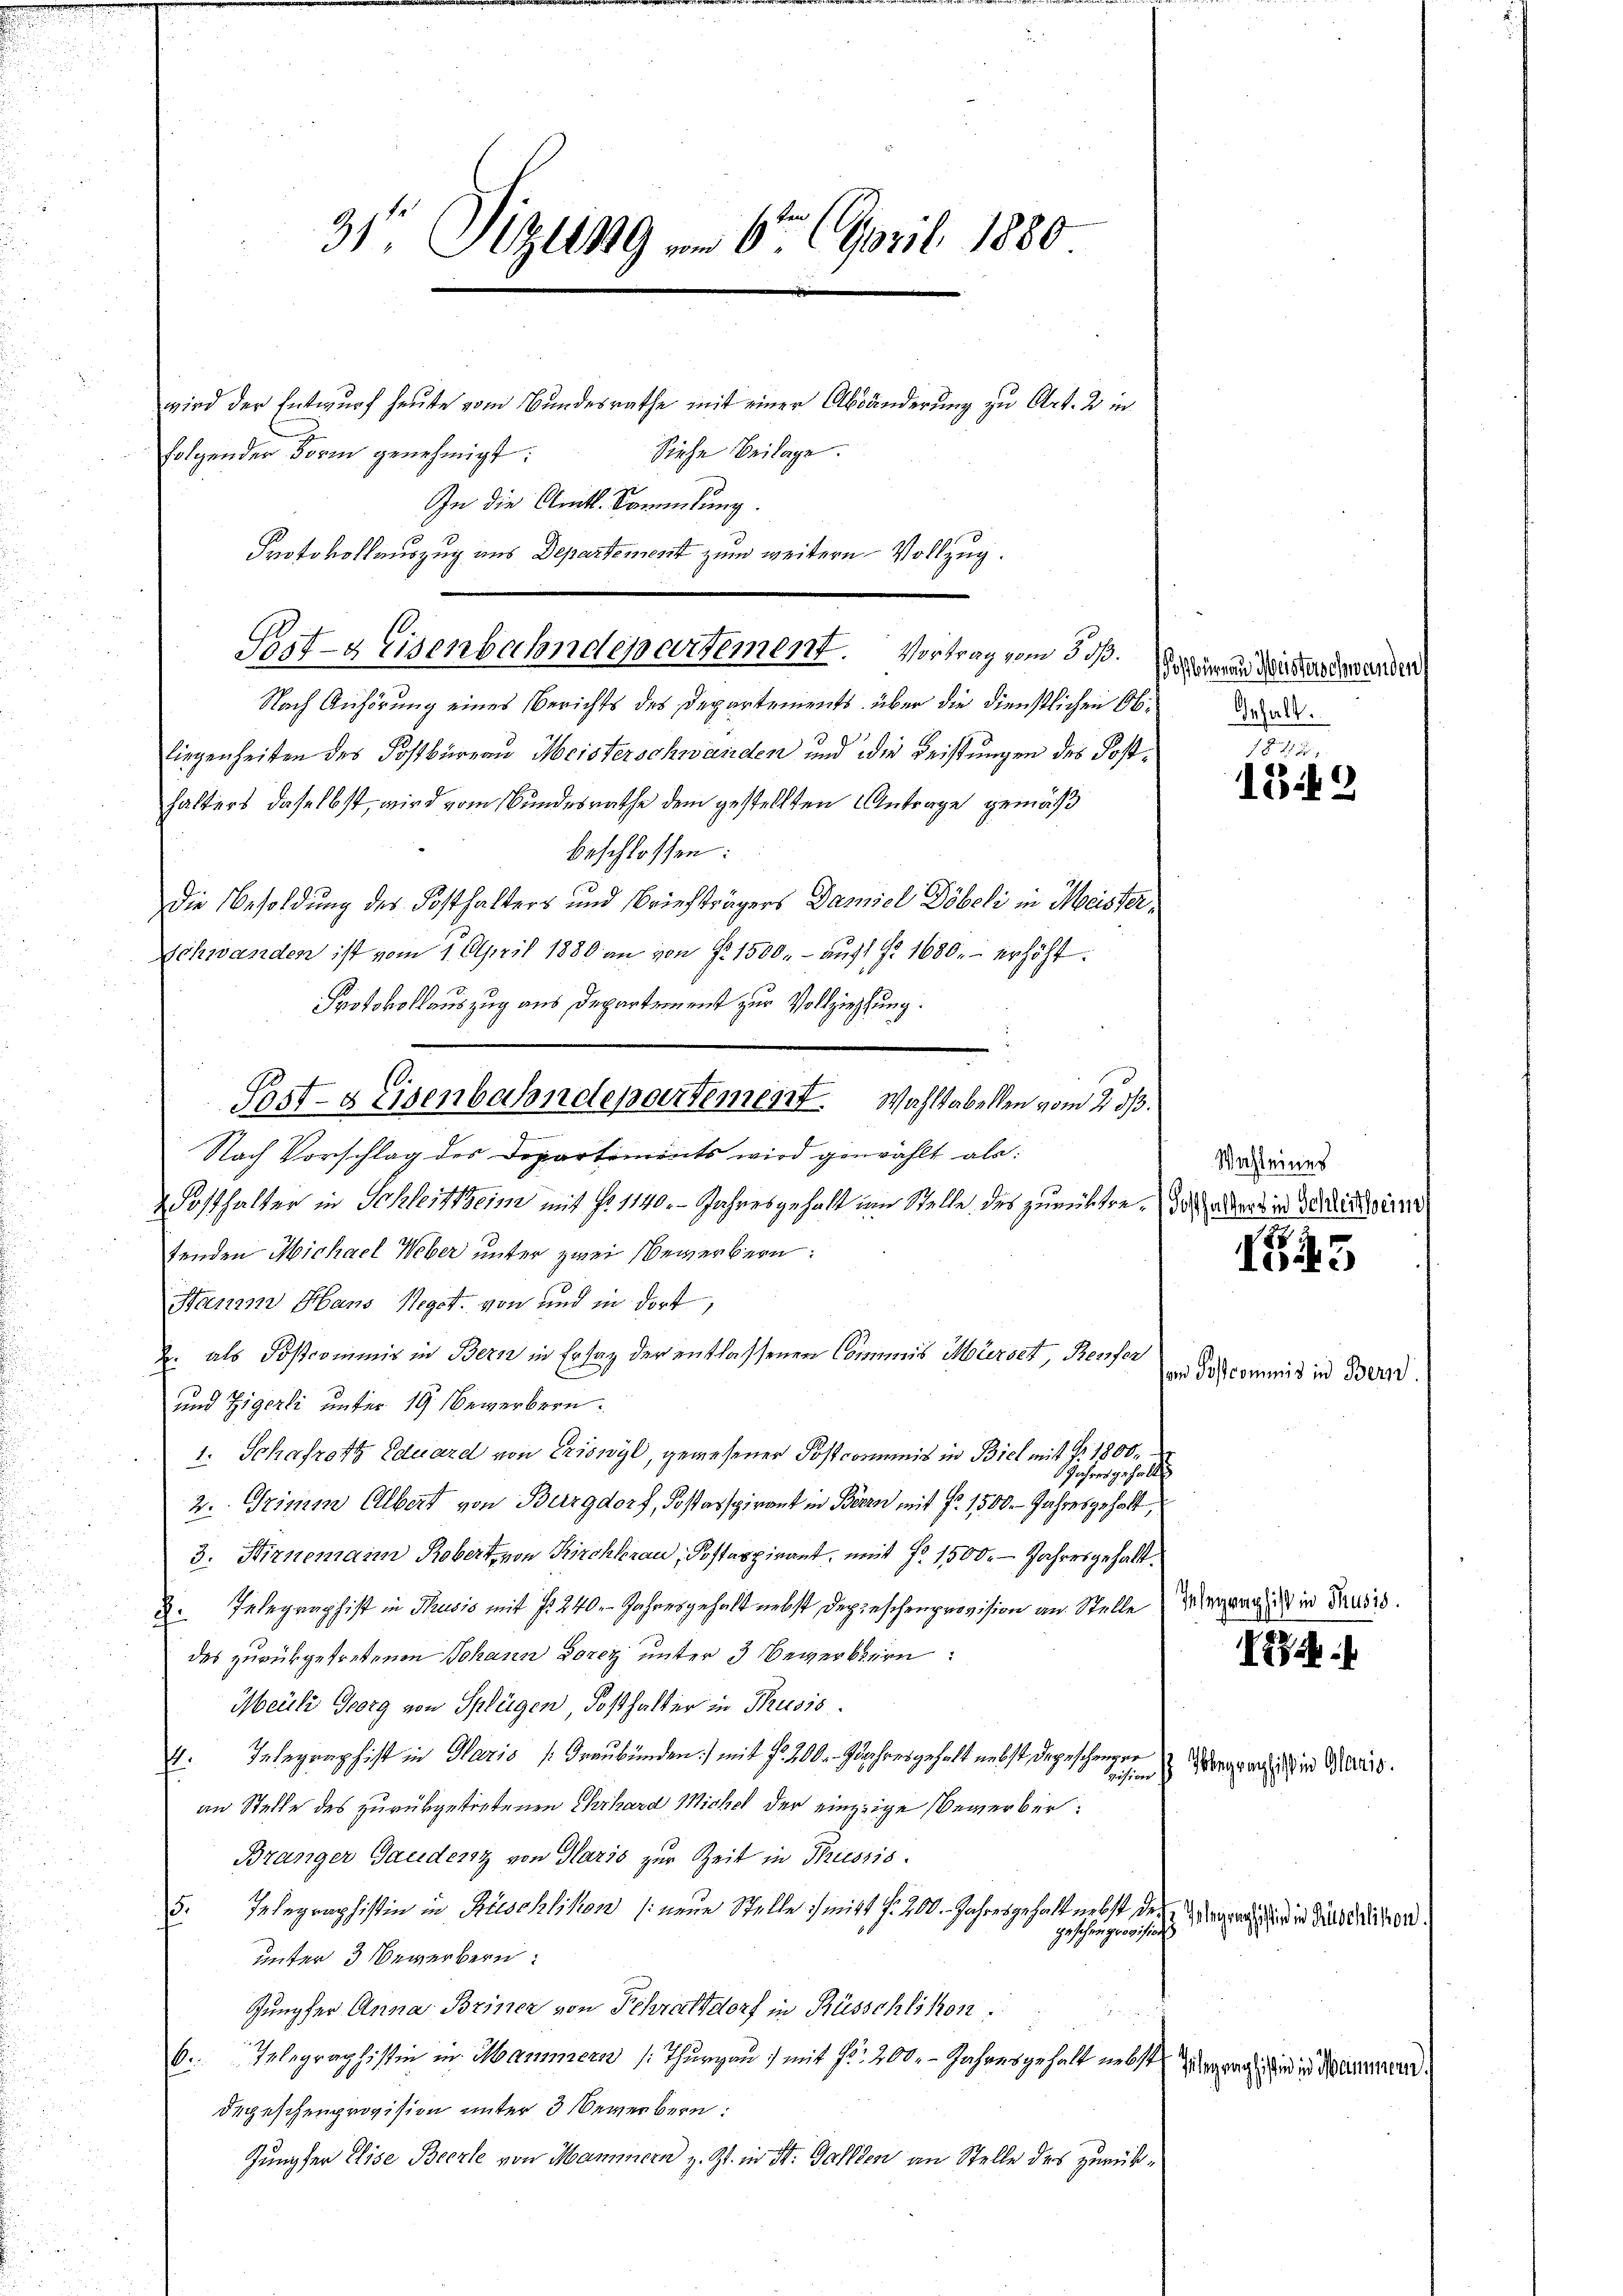
31. Sitzung vom 6ten April 1880
wird der Entwurf heute vom Bundesrathe mit einer Abänderung zu Art. 2 in
Sieche Beilage.
folgender Form genehmigt:

Nach Anhörung eines Berichts des Departements über die Dienstlichen Ob¬
Liegenheiten des Postbüreau Meisterschwänden und die Leistungen des Posthalters daselbst, wird vom Bundesrathe dem gestellten Antrage gemäß
beschlossen:
Die Besoldung des Posthalters und Briefträgers Daniel Döbeli in Meister¬
Schwanden ist vom 1. April 1880 an von § 1500. - aus Nr 1680. erhöht.
Protokollauszug aus Departement zur Vollziehung.
.
Nach Vorschlag des Departements wird gewählt als:

Wosthalter in Schleitheim mit No 1140. - Jahresgehalt um Stelle des zurückte. Wieder die Schleisterin
tenden Michael Weber unter zwei Bewerbern:
Hans Hans Regot. von und in dort,
. als Postcommis in Bern in Ersatz der entlassenen Commis Mürset, Reifer
und Zigerli unter 19 Bewerbern.
1: Schafrotz Eduard von Eriswyl, gewesener Postcommis in Biel mit Fr. 1800.
Jahres gehalte
2. Grimm Albert von Burgdorf, Kostasspirant in Bern mit fr. 1500. Jahresgehalt
3. Hirnemann Robert von Kirchbrau, Postappirant, mit No 1500. - Jahresgehalt.
. Telegraphist in Thusis mit 1 240 Jahresgehalt nebst Depeschenprovision an Stelle Wegang in Trusio
des zurükgetretenen Johann Torez unter 3 Bewerkern:
Meili Georg von Splügen, Posthalter in Thusis
4. Telegraphist in Haris Graubünden) mit Fr. 200. Jahresgehalt nebst depeschengro
an Stelle des zurükgetretenen Ehrhard Michel der einzige Bewerber:
Branger Gauderst von Paris zur Zeit in Triessio
Telegraphistin in Büschlikon (neue Stelle mitt f. 200 Jahresgehalt nebst des
J
geschenprovisio
unter 3 Bewerbern:
Jungfer Anna Briner von Schrattdorf in Rüsschlikon.
6. Telegraphistin in Mammern (: Thurgau) mit Nr. 200. - Jahresgehalt ins Wegage sind in Mauern
Depeschenprovision unter 3 Bewerbern:
Jungfer Elise Beczle von Mannnern z. Zt. in St. Gallen an Stelle des zurük¬

In die Amtl. Sammlung.
Protokollauszug aus Departement zum weitern Vollzug.
Post- & Eisenbahndepartement. Vortrag vom 3. ds.

e
.
Post- & Eisenbahndepartement. Wahltabellen vom 23/3.

dostbüreau Weisterschwanden
Inhalt.

Wachleines

un Postcommis in Beri

1812
1349.

I

N

Hengraphistin Mario.

Telegraphistin in Rüschlikon.